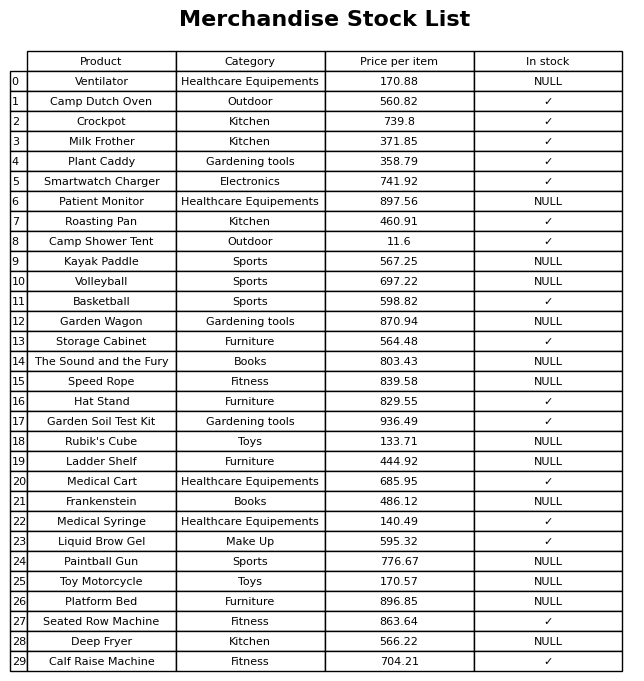
question: What is the price of the The Sound and the Fury?
answer: The price of The Sound and the Fury is 803.43.